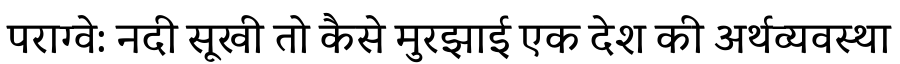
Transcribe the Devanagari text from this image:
पराग्वे: नदी सूखी तो कैसे मुरझाई एक देश की अर्थव्यवस्था